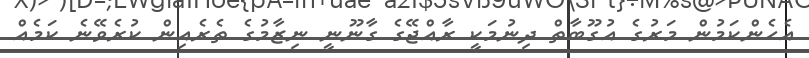
އެހެންކަމުން މަރުގެ އުގޫބާތް ދިނުމަކީ ރާއްޖޭގެ ގާނޫނީ ނިޒާމުގެ ތެރެއިން ކުރެވޭނެ ކަމެއް